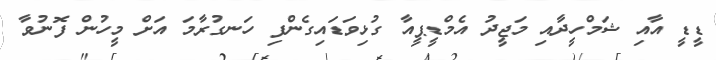
ޑީޑީ އާއި ޝަމްހީދާއި މަޖީދު އެމްޑީޕީއާ ގުޅިވަޑައިގެންފި ހަނގުރާމަ އަށް މީހުން ފޮނުވާ